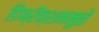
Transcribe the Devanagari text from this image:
डिफ्रॅक्शनमुळे